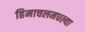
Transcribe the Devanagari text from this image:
हिमाचलमधल्या